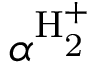
\alpha ^ { \mathrm { H _ { 2 } ^ { + } } }